Report of the Indian Hemp Drugs Commission, 1894-1895 - Volume II
Year: 1894
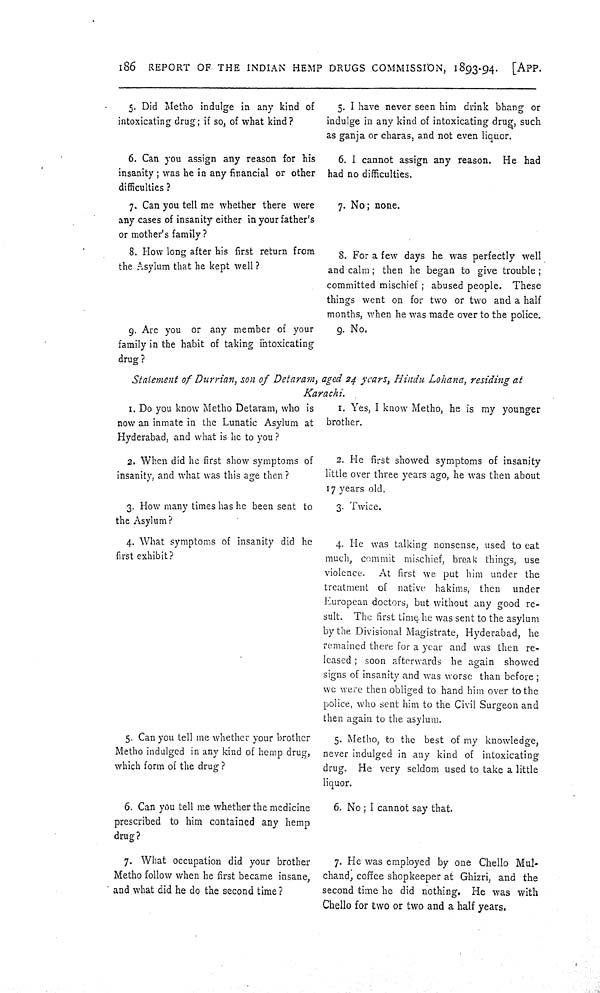
186 REPORT OF THE INDIAN HEMP DRUGS COMMISSION, 1893-94. [APP.
5. Did Metho indulge in any kind of
intoxicating drug; if so, of what kind?
5. I have never seen him drink bhang or
indulge in any kind of intoxicating drug, such
as ganja or charas, and not even liquor.
6. Can you assign any reason for his
insanity; was he in any financial or other
difficulties?
6. I cannot assign any reason. He had
had no difficulties.
7. Can you tell me whether there were
any cases of insanity either in your father's
or mother's family?
7. No; none.
8. How long after his first return from
the Asylum that he kept well ?
8. For a few days he was perfectly well
and calm; then he began to give trouble;
committed mischief; abused people. These
things went on for two or two and a half
months, when he was made over to the police.
9. Are you or any member of your
family in the habit of taking intoxicating
drug?
9. No.
Statement of Durrian, son of Detaram, aged 24 years, Hindu Lohana, residing at
Karachi.
1. Do you know Metho Detaram, who is
now an inmate in the Lunatic Asylum at
Hyderabad, and what is he to you?
1. Yes, I know Metho, he is my younger
brother.
2. When did he first show symptoms of
insanity, and what was this age then?
2. He first showed symptoms of insanity
little over three years ago, he was then about
17 years old.
3. How many times has he been sent to
the Asylum?
3. Twice.
4. What symptoms of insanity did he
first exhibit?
4. He was talking nonsense, used to eat
much, commit mischief, break things, use
violence. At first we put him under the
treatment of native hakims, then under
European doctors, but without any good re-
sult. The first time he was sent to the asylum
by the Divisional Magistrate, Hyderabad, he
remained there for a year and was then re-
leased; soon afterwards he again showed
signs of insanity and was worse than before;
we were then obliged to hand him over to the
police, who sent him to the Civil Surgeon and
then again to the asylum.
5. Can you tell me whether your brother
Metho indulged in any kind of hemp drug,
which form of the drug?
5. Metho, to the best of my knowledge,
never indulged in any kind of intoxicating
drug. He very seldom used to take a little
liquor.
6. Can you tell me whether the medicine
prescribed to him contained any hemp
drug?
6. No; I cannot say that.
7. What occupation did your brother
Metho follow when he first became insane,
and what did he do the second time?
7. He was employed by one Chello Mul-
chand, coffee shopkeeper at Ghizri, and the
second time he did nothing. He was with
Chello for two or two and a half years.